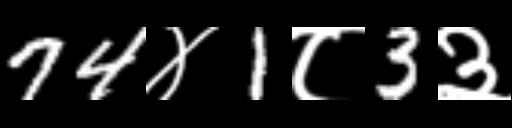
Text: 74४1८3३